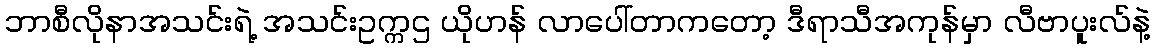
ဘာစီလိုနာအသင်းရဲ့ အသင်းဥက္ကဌ ယိုဟန် လာပေါ်တာကတော့ ဒီရာသီအကုန်မှာ လီဗာပူးလ်နဲ့